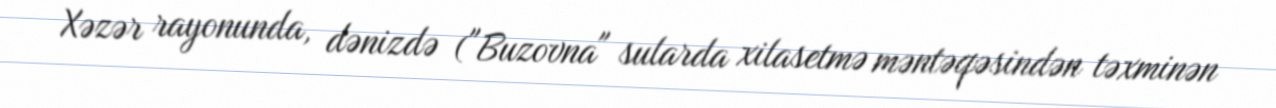
Xəzər rayonunda, dənizdə ("Buzovna" sularda xilasetmə məntəqəsindən təxminən